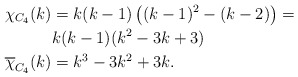
\begin{align*}\chi_{C_4}(k)&=k(k-1)\left( (k-1)^2-(k-2)\right)=\\&k(k-1)(k^2-3k+3)\\\overline{\chi}_{C_4}(k)&=k^3-3k^2+3k.\end{align*}